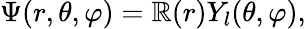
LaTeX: \Psi(r,\theta,\varphi)=\mathbb{R}(r)Y_{l}(\theta,\varphi),